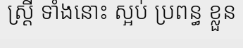
ស្ត្រី ទាំងនោះ ស្អប់ ប្រពន្ធ ខ្លួន